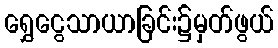
ရွှေငွေသာယာခြင်း၌မှတ်ဖွယ်